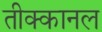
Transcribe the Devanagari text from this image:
तीक्कानल